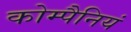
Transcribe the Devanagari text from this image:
कोम्पैनियं